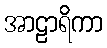
အာဠာရိကာ